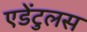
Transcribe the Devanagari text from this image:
एडेंटुलस